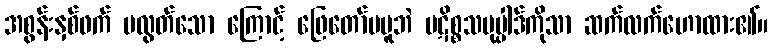
အစွန်းနှစ်ဖက် မလွတ်သော ကြောင့် ဖြေတော်မမူဘဲ ပဋိစ္စသမုပ္ပါဒ်ကိုသာ ဆက်လက်ဟောထား၏။